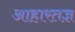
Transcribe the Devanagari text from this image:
आहारतज्ञ